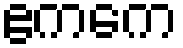
ဧကကေ